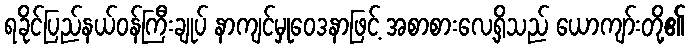
ရခိုင်ပြည်နယ်ဝန်ကြီးချုပ် နာကျင်မှုဝေဒနာဖြင့် အစာစားလေ့ရှိသည် ယောကျာ်းတို့၏